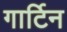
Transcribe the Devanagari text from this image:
गार्टिन